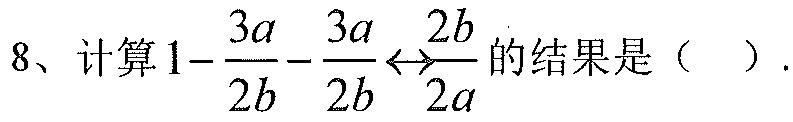
8、计算\(1 - \frac{3a}{2b}-\frac{3a}{2b}\gets\frac{2b}{2a}\)的结果是（  ）.